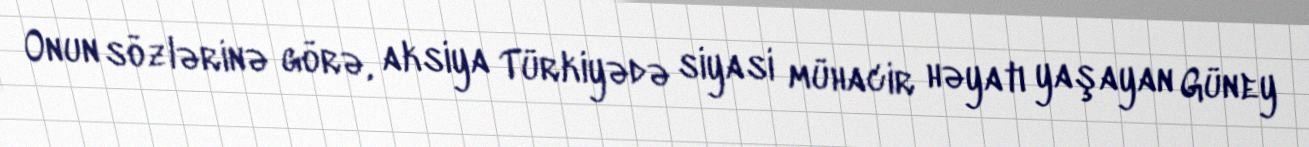
Onun sözlərinə görə, aksiya Türkiyədə siyasi mühacir həyatı yaşayan Güney